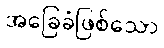
အခြေခံဖြစ်သော